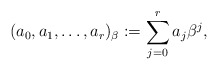
\begin{gather*}(a_{0},a_{1},\ldots,a_{r})_{\beta} := \sum\limits_{j=0}^{r} a_{j} \beta^{j},\end{gather*}